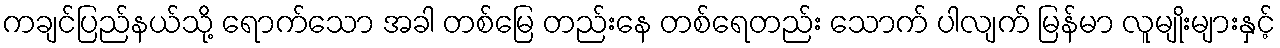
ကချင်ပြည်နယ်သို့ ရောက်သော အခါ တစ်မြေ တည်းနေ တစ်ရေတည်း သောက် ပါလျက် မြန်မာ လူမျိုးများနှင့်